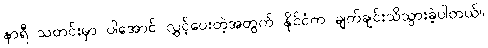
နာရီ သတင်းမှာ ပါအောင် လွှင့်ပေးတဲ့အတွက် နိုင်ငံက ချက်ချင်းသိသွားခဲ့ပါတယ်။